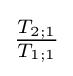
{\tfrac {T_{2;1}}{T_{1;1}}}